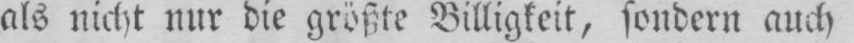
als nicht nur die größte Billigkeit, sondern auch